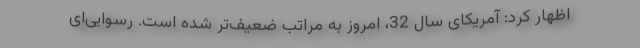
اظهار کرد: آمریکای سال 32، امروز به مراتب ضعیف‌تر شده است. رسوایی‌ای